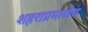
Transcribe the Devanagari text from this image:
शहराप्रमाणेच